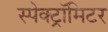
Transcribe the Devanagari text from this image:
स्पेक्ट्रॉमिटर